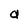
Character: a